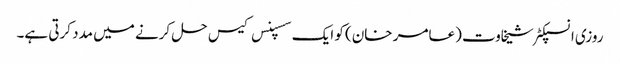
روزی انسپکٹر شیخاوت (عامر خان) کو ایک سسپنس کیس حل کرنے میں مدد کرتی ہے۔